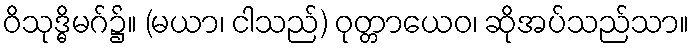
ဝိသုဒ္ဓိမဂ်၌။ (မယာ၊ ငါသည်) ဝုတ္တာယေဝ၊ ဆိုအပ်သည်သာ။